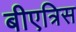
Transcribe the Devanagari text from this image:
बीएत्रिस